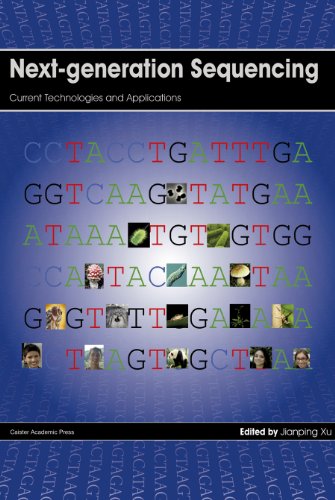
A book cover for Next-generation Sequencing: Current Technologies and Applications; Science & Math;